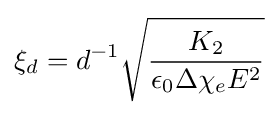
\xi _{d}=d^{-1}{\sqrt {\frac {K_{2}}{\epsilon _{0}\Delta \chi _{e}E^{2}}}}